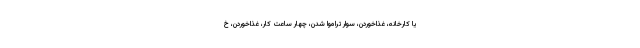
یا کارخانه، غذاخوردن، سوار تراموا شدن، چهار ساعت کار، غذاخوردن، خ